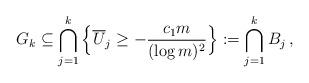
LaTeX: \begin{align*}G_k \subseteq \bigcap_{j=1}^k \Big\{ \overline{U}_j \ge - \frac{c_1 m}{(\log m)^2} \Big\} := \bigcap_{j=1}^k B_j \,,\end{align*}